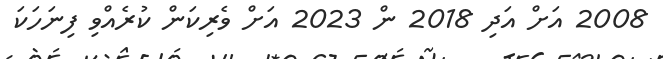
2008 އަށް އަދި 2018 ން 2023 އަށް ވެރިކަން ކުރެއްވި ފިނަހަކަ